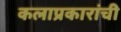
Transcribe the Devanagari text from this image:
कलाप्रकारांची